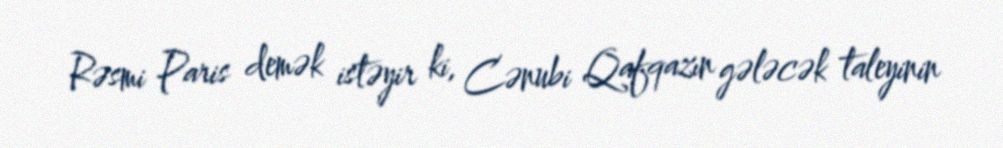
Rəsmi Paris demək istəyir ki, Cənubi Qafqazın gələcək taleyinin